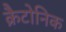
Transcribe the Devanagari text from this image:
क्रैटोनिक